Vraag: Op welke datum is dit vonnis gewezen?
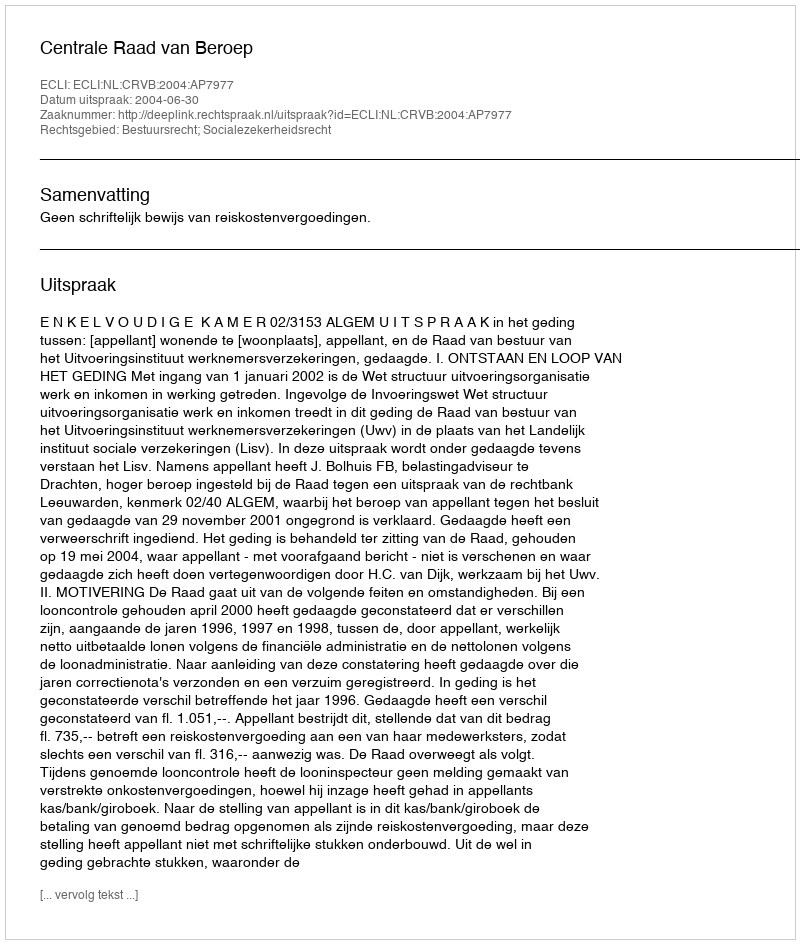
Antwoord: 2004-06-30